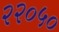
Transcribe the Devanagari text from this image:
२२०५०